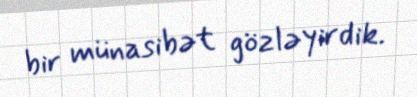
bir münasibət gözləyirdik.